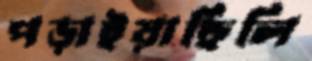
পড়াইয়াছিলি